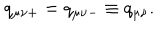
q _ { \mu \nu + } = q _ { \mu \nu - } \equiv q _ { \mu \nu } .